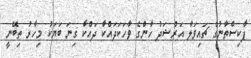
ޕާކިސްތާނުގެ ޗައިވަލާ އަރްޝަދު ހާންގެ ވާހަކަދައްކާ ދައްކާ ގިނަ ބަޔަކު މިހާރު ތިބޭނީ